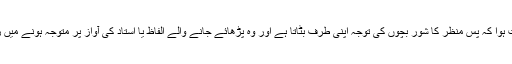
مطالعے سے حسبِ توقع یہ ثابت ہوا کہ پس منظر کا شور بچوں کی توجہ اپنی طرف بٹاتا ہے اور وہ پڑھائے جانے والے الفاظ یا استاد کی آواز پر متوجہ ہونے میں زیادہ مشکل محسوس کرتے ہیں۔